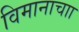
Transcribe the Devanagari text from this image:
विमानाचाा